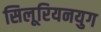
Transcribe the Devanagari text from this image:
सिलूरियनयुग